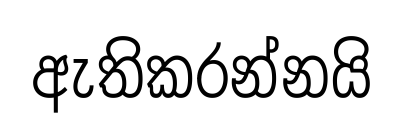
ඇතිකරන්නයි